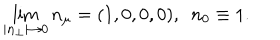
LaTeX: \lim _ { | { \bf n } _ { \perp } | \to 0 } n _ { \mu } = ( 1 , 0 , 0 , 0 ) , \ \ n _ { 0 } \equiv 1 .